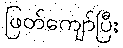
ဖြတ်ကျော်ပြီး